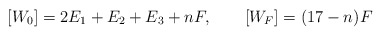
\begin{align*}[W_0] = 2E_1 + E_2 + E_3 + nF, \qquad [W_F] = (17-n) F\end{align*}